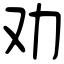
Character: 劝